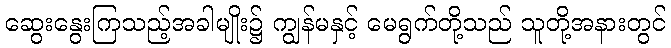
ဆွေးနွေးကြသည့်အခါမျိုး၌ ကျွန်မနှင့် မေရွက်တို့သည် သူတို့အနားတွင်